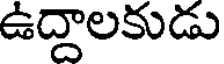
ఉద్దాలకుడు